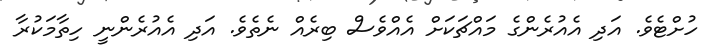
ހުށްޓެވެ. އަދި އެއުރެންގެ މައްޗަކަށް އެއްވެސް ބިރެއް ނެތެވެ. އަދި އެއުރެންނީ ހިތާމަކުރާ